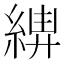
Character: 𦁰